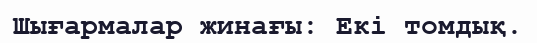
Шығармалар жинағы: Екі томдық.